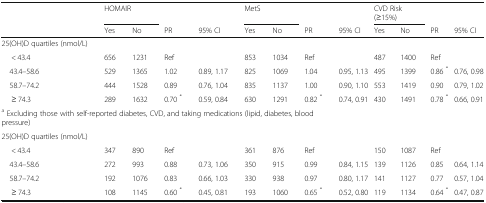
<table><thead><tr><td></td><td colspan="2"><b>HOMAIR</b></td><td></td><td></td><td colspan="2"><b>MetS</b></td><td></td><td></td><td colspan="2"><b>CVD Risk (≥15%)</b></td><td></td><td></td></tr><tr><td></td><td><b>Yes</b></td><td><b>No</b></td><td><b>PR</b></td><td><b>95% CI</b></td><td><b>Yes</b></td><td><b>No</b></td><td><b>PR</b></td><td><b>95% CI</b></td><td><b>Yes</b></td><td><b>No</b></td><td><b>PR</b></td><td><b>95% CI</b></td></tr></thead><tbody><tr><td>25(OH)D quartiles (nmol/L)</td><td></td><td></td><td></td><td></td><td></td><td></td><td></td><td></td><td></td><td></td><td></td><td></td></tr><tr><td>&lt; 43.4</td><td>656</td><td>1231</td><td colspan="2">Ref</td><td>853</td><td>1034</td><td colspan="2">Ref</td><td>487</td><td>1400</td><td colspan="2">Ref</td></tr><tr><td> 43.4–58.6</td><td>529</td><td>1365</td><td>1.02</td><td>0.89, 1.17</td><td>825</td><td>1069</td><td>1.04</td><td>0.95, 1.13</td><td>495</td><td>1399</td><td>0.86 <sup>*</sup></td><td>0.76, 0.98</td></tr><tr><td> 58.7–74.2</td><td>444</td><td>1528</td><td>0.89</td><td>0.76, 1.04</td><td>835</td><td>1137</td><td>1.00</td><td>0.90, 1.10</td><td>553</td><td>1419</td><td>0.90</td><td>0.79, 1.02</td></tr><tr><td>≥ 74.3</td><td>289</td><td>1632</td><td>0.70 <sup>*</sup></td><td>0.59, 0.84</td><td>630</td><td>1291</td><td>0.82 <sup>*</sup></td><td>0.74, 0.91</td><td>430</td><td>1491</td><td>0.78 <sup>*</sup></td><td>0.66, 0.91</td></tr><tr><td colspan="8"><sup>a</sup> Excluding those with self-reported diabetes, CVD, and taking medications (lipid, diabetes, blood pressure)</td><td></td><td></td><td></td><td></td><td></td></tr><tr><td>25(OH)D quartiles (nmol/L)</td><td colspan="2"></td><td colspan="2"></td><td></td><td></td><td></td><td></td><td></td><td></td><td></td><td></td></tr><tr><td>&lt; 43.4</td><td>347</td><td>890</td><td colspan="2">Ref</td><td>361</td><td>876</td><td colspan="2">Ref</td><td>150</td><td>1087</td><td colspan="2">Ref</td></tr><tr><td> 43.4–58.6</td><td>272</td><td>993</td><td>0.88</td><td>0.73, 1.06</td><td>350</td><td>915</td><td>0.99</td><td>0.84, 1.15</td><td>139</td><td>1126</td><td>0.85</td><td>0.64, 1.14</td></tr><tr><td> 58.7–74.2</td><td>192</td><td>1076</td><td>0.83</td><td>0.66, 1.03</td><td>330</td><td>938</td><td>0.97</td><td>0.80, 1.17</td><td>141</td><td>1127</td><td>0.77</td><td>0.57, 1.04</td></tr><tr><td>≥ 74.3</td><td>108</td><td>1145</td><td>0.60 <sup>*</sup></td><td>0.45, 0.81</td><td>193</td><td>1060</td><td>0.65 <sup>*</sup></td><td>0.52, 0.80</td><td>119</td><td>1134</td><td>0.64 <sup>*</sup></td><td>0.47, 0.87</td></tr></tbody></table>